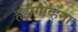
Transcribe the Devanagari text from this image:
हर्झगोव्हेना